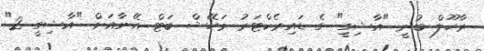
ރާހޫލް ބުނީ "އާޝިގީ" ގެ ޑައިރެކްޓަރު މަހޭޝް ބަޓް އޭނާއަށް "އާޝިގީ 2"